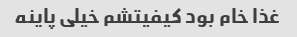
غذا خام بود کیفیتشم خیلی پاینه